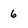
Character: 6